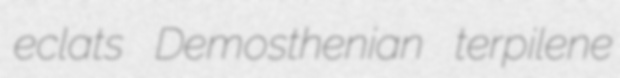
eclats Demosthenian terpilene